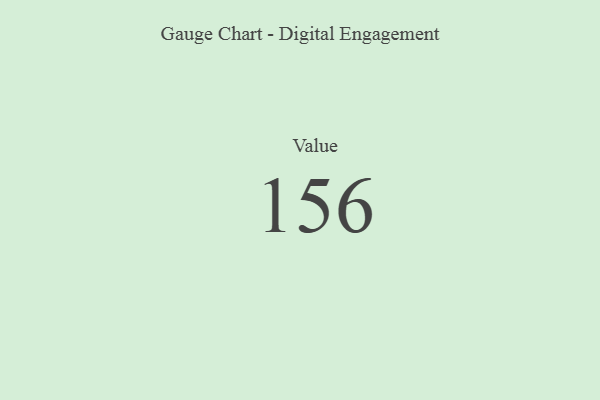
{"axis": {"x": "Metric", "y": "Value"}, "legend": [""], "data": [{"x": "Value", "y": 156, "type": ""}]}